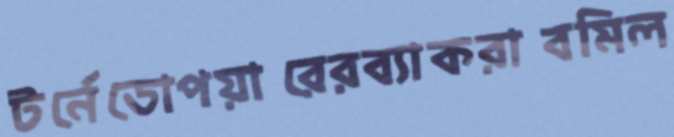
টর্নেডোপয়ারেরব্যাকরাবমিল